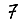
Digit: 7